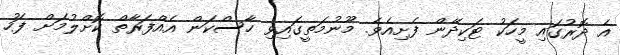
އެ ދޮރުގައި މީހަކު ޓަކިދޭން ފެށިއެވެ. މޫނުމަތީގައިވި ހާސްކަން އެއްފަރާތް ކޮށްލުމަށް ފަހު